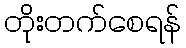
တိုးတက်စေရန်